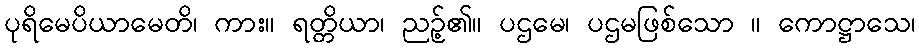
ပုရိမေပိယာမေတိ၊ ကား။ ရတ္တိယာ၊ ညဉ့်၏။ ပဌမေ၊ ပဌမဖြစ်သော ။ ကောဋ္ဌာသေ၊